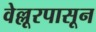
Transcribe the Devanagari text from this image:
वेल्लूरपासून